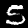
Digit: 5